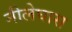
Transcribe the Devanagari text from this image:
नीलेघास